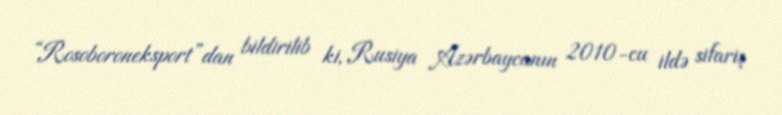
“Rosoboroneksport”dan bildirilib ki, Rusiya Azərbaycanın 2010-cu ildə sifariş